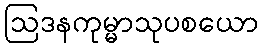
ဩဒနကုမ္မာသုပစယော